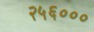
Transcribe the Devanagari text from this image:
२५६०००